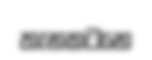
තැනකටනෙ